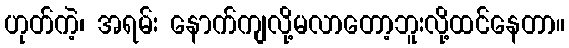
ဟုတ်ကဲ့၊ အရမ်း နောက်ကျလို့မလာတော့ဘူးလို့ထင်နေတာ။